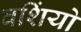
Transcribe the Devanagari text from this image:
वशिंयो